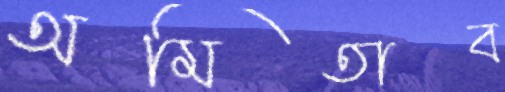
অমিতাব